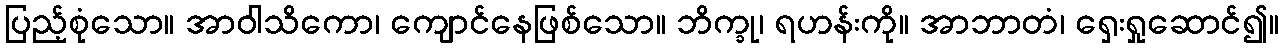
ပြည့်စုံသော။ အာဝါသိကော၊ ကျောင်နေဖြစ်သော။ ဘိက္ခု၊ ရဟန်းကို။ အာဘာတံ၊ ရှေးရှုဆောင်၍။